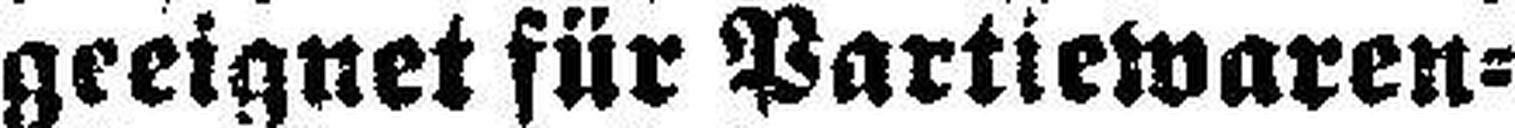
geeignet für Partiewaren¬